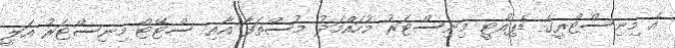
އެ މިނިސްޓްރީގެ ޑެޕިއުޓީ މިނިސްޓަރު މުހައްމަދު މުސްތަފާ އާއި ސްޓޭޓް މިނިސްޓަރު އަލީ